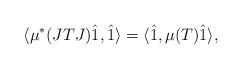
LaTeX: \begin{align*}\langle \mu^*(JTJ) \hat{1}, \hat{1} \rangle = \langle \hat{1}, \mu(T) \hat{1} \rangle,\end{align*}